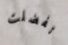
تفضلت